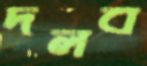
দলব